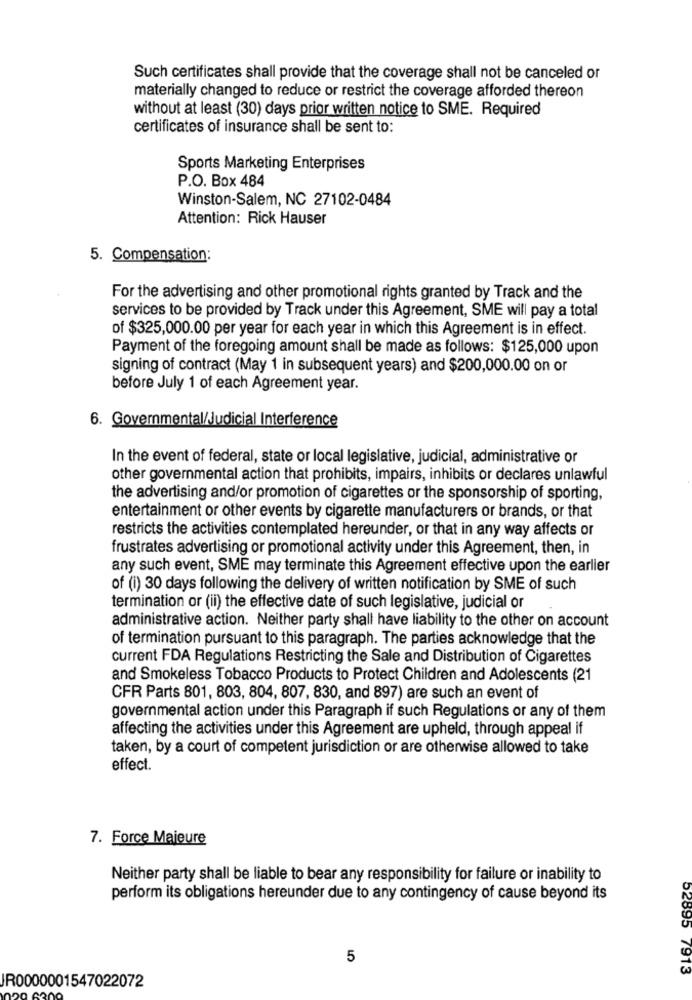
Such certificates shall provide that the coverage shall not be canceled or
materially changed to reduce or restrict the coverage afforded thereon
without at least (30) days prior written notice to SME. Required
certificates of insurance shall be sent to:
Sports Marketing Enterprises
P.O. Box 484
Winston-Salem, NC 27102-0484
Attention: Rick Hauser
5. Compensation:
For the advertising and other promotional rights granted by Track and the
services to be provided by Track under this Agreement, SME will pay a total
of $325,000.00 per year for each year in which this Agreement is in effect.
Payment of the foregoing amount shall be made as follows: $125,000 upon
signing of contract (May 1 in subsequent years) and $200,000.00 on or
before July 1 of each Agreement year.
6. Governmental/Judicial Interference
In the event of federal, state or local legislative, judicial, administrative or
other governmental action that prohibits, impairs, inhibits or declares unlawful
the advertising and/or promotion of cigarettes or the sponsorship of sporting,
entertainment or other events by cigarette manufacturers or brands, or that
restricts the activities contemplated hereunder, or that in any way affects or
frustrates advertising or promotional activity under this Agreement, then, in
any such event, SME may terminate this Agreement effective upon the earlier
of (i) 30 days following the delivery of written notification by SME of such
termination or (ii) the effective date of such legislative, judicial or
administrative action. Neither party shall have liability to the other on account
of termination pursuant to this paragraph. The parties acknowledge that the
current FDA Regulations Restricting the Sale and Distribution of Cigarettes
and Smokeless Tobacco Products to Protect Children and Adolescents (21
CFR Parts 801, 803, 804, 807, 830, and 897) are such an event of
governmental action under this Paragraph if such Regulations or any of them
affecting the activities under this Agreement are upheld, through appeal if
taken, by a court of competent jurisdiction or are otherwise allowed to take
effect.
7. Force Majeure
Neither party shall be liable to bear any responsibility for failure or inability to
perform its obligations hereunder due to any contingency of cause beyond its
5
52895 7913
JR0000001547022072